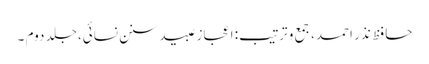
حافظ نذر احمد، جمع و ترتیب: اعجاز عبید سنن نسائی، جلد دوم ۔